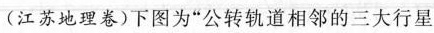
(江苏地理卷)下图为”公转轨道相邻的三大行星